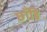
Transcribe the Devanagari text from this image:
छाँडि